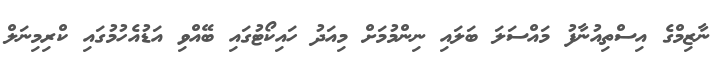
ނާޒިމްގެ އިސްތިއުނާފު މައްސަލަ ބަލައި ނިންމުމަށް މިއަދު ހައިކޯޓުގައި ބޭއްވި އަޑުއެހުމުގައި ކްރިމިނަލް